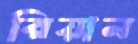
রিয়ান